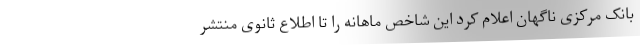
بانک مرکزی ناگهان اعلام کرد این شاخص ماهانه را تا اطلاع ثانوی منتشر